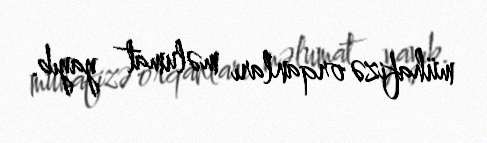
mühafizə orqanları məlumat yayıb.